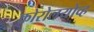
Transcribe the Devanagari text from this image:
कोरोलयोव्ह